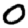
Digit: 0